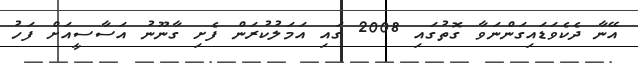
އޭނާ ދެކެވަޑައިގަންނަވާ ގޮތުގައި 2008 ގައި އަމަލުކުރަން ފެށި ގާނޫނު އަސާސީއަށް ފަހު